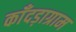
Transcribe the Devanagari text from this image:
काँदड़ाग्राम